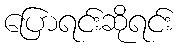
ပြောရင်းဆိုရင်း